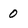
Character: 0